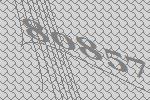
80857